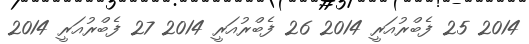
2014 25 ފެބްރުއަރީ 2014 26 ފެބްރުއަރީ 2014 27 ފެބްރުއަރީ 2014